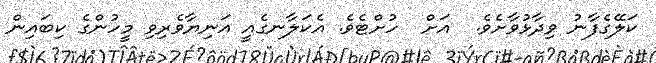
ކަލޭގެފާނު ވިދާޅުވާށެވެ.  އަށް  ހުށްޓެވެ. އެކަލާނގެއީ އަނިޔާވެރިވި މީހުންގެ ކިބައިން